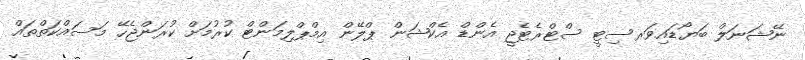
ނޭޝަނަލް ބަޔޯޑައިވަރސިޓީ ސްޓްރެޓެޖީ އެންޑް އެކްޝަން ޕްލޭން އިމްޕްލިމަންޓް ކުރުމަށް ކުރަންޖެހޭ މަސައްކަތްތައް